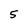
Character: 5